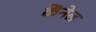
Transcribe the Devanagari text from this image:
केंनेल